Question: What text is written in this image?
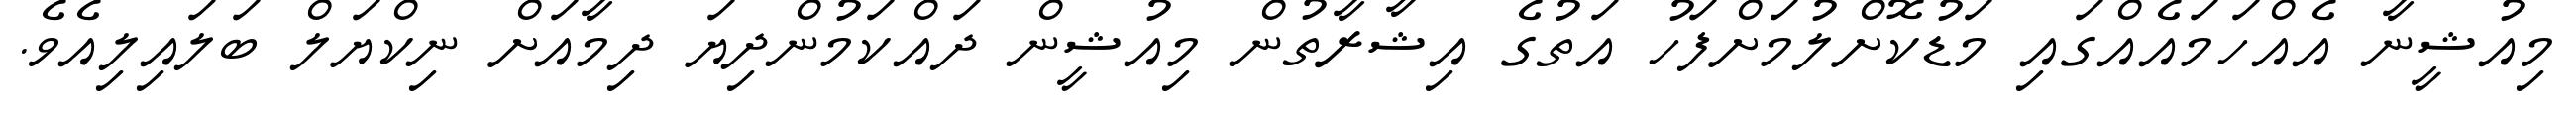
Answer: މިއުޝީނާ އެއްހަމައެއްގައި މަޑުކޮށްލުމަށްފަހު އަތުގެ އިޝާރާތުން މިއުޝީން ދައްކަމުންދިޔަ ދިމާއަށް ނިކްޔަލް ބަލައިލިއެވެ.